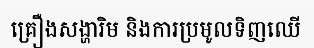
គ្រឿងសង្ហារិម និងការប្រមូលទិញឈើ